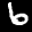
Label: 6